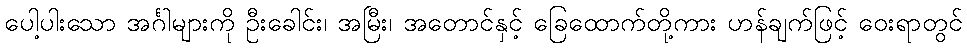
ပေါ့ပါးသော အင်္ဂါများကို ဦးခေါင်း၊ အမြီး၊ အတောင်နှင့် ခြေထောက်တို့ကား ဟန်ချက်ဖြင့် ဝေးရာတွင်